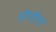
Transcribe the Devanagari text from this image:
सोगरिया